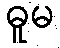
ဓူမ